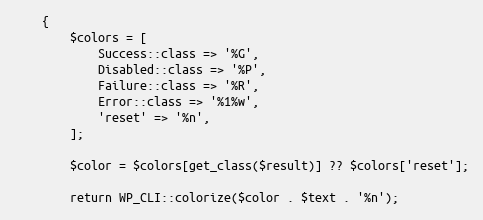
Language: PHP
    {
        $colors = [
            Success::class => '%G',
            Disabled::class => '%P',
            Failure::class => '%R',
            Error::class => '%1%w',
            'reset' => '%n',
        ];

        $color = $colors[get_class($result)] ?? $colors['reset'];

        return WP_CLI::colorize($color . $text . '%n');